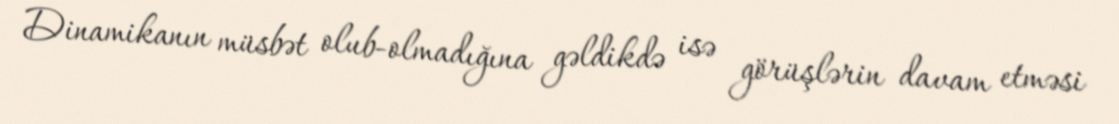
Dinamikanın müsbət olub-olmadığına gəldikdə isə görüşlərin davam etməsi